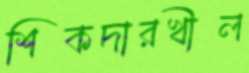
শিকদারখীল